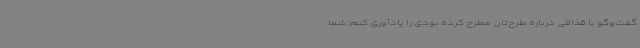
گفت‌وگو با قذافی درباره طرح‌تان مطرح کرده بودی را یادآوری ‌کنم؛ شما